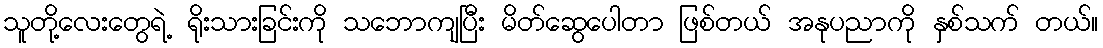
သူတို့လေးတွေရဲ့ ရိုးသားခြင်းကို သဘောကျပြီး မိတ်ဆွေပေါတာ ဖြစ်တယ် အနုပညာကို နှစ်သက် တယ်။